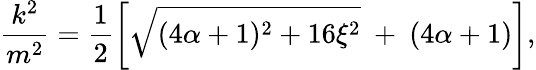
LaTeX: \frac{k^{2}}{m^{2}}=\frac{1}{2}\left[\sqrt{(4\alpha+1)^{2}+16\xi^{2}}\ +\ (4\alpha+1)\right],